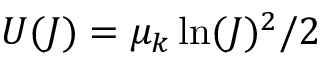
U ( J ) = \mu _ { k } \ln ( J ) ^ { 2 } / 2